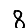
Digit: 8